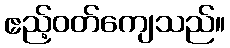
ဧည့်ဝတ်ကျေသည်။